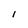
Character: I